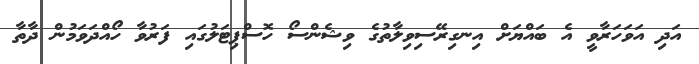
އަދި އަވަހަރާވީ އެ ބައްޔަށް އިނގިރޭސިވިލާތުގެ ވިޝެންސޯ ހޮސްޕިޓަލުގައި ފަރުވާ ހޯއްދަވަމުން ދާތާ